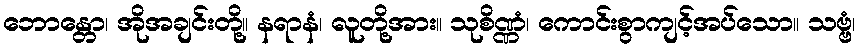
ဘောန္တော၊ အိုအချင်းတို့။ နရာနံ၊ လူတို့အား။ သုစိဏ္ဏံ၊ ကောင်းစွာကျင့်အပ်သော။ သဗ္ဗံ၊